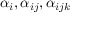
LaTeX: \alpha _ { i } , \alpha _ { i j } , \alpha _ { i j k }